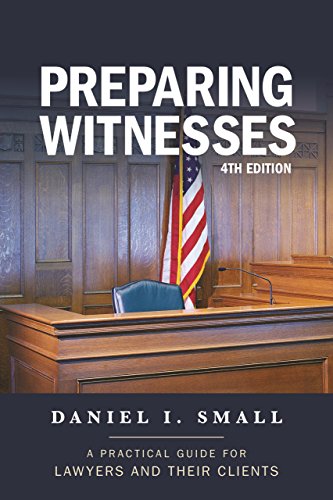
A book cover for Preparing Witnesses: A Practical Guide for Lawyers and Their Clients; Daniel I. Small; Law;